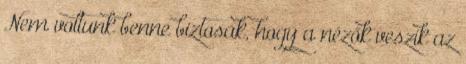
Nem voltunk benne biztosak, hogy a nézők veszik az